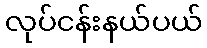
လုပ်ငန်းနယ်ပယ်